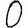
Digit: 0